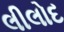
લીલોદ